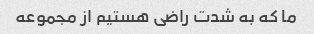
ما که به شدت راضی هستیم از مجموعه